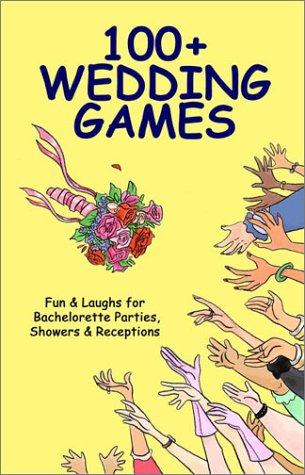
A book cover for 100+ Wedding Games: Fun & Laughs for Bachelorette Parties, Showers, & Receptions; Joan Wai; Crafts, Hobbies & Home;